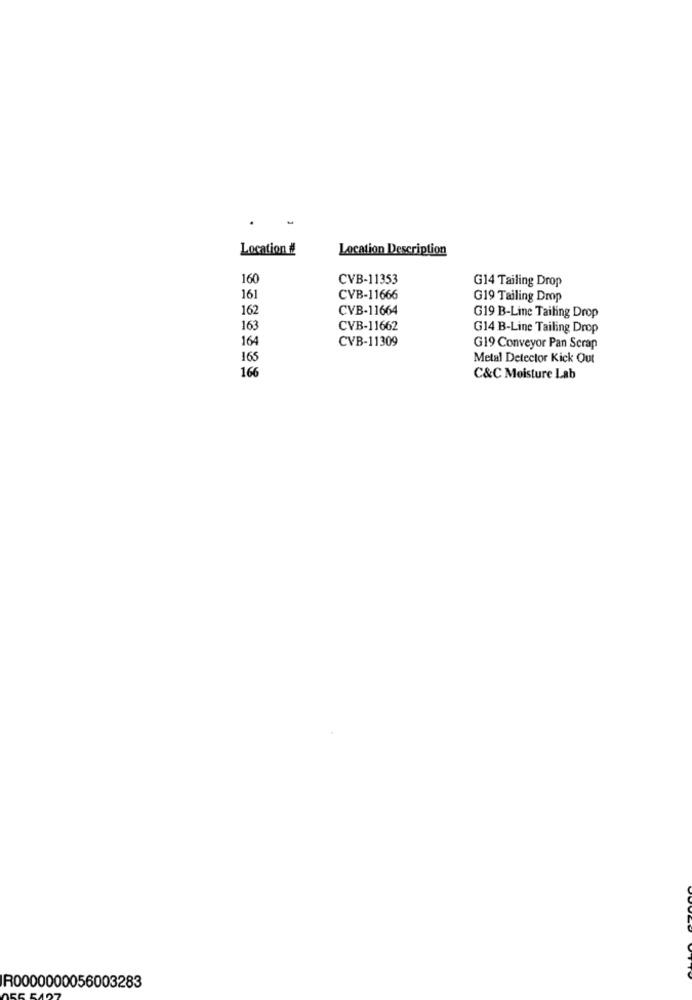
Location #
Location Description
160
CVB-11353
G14 Tailing Drop
161
CVB-11666
G19 Tailing Drop
162
CVB-11664
G19 B-Line Tailing Drop
163
CVB-11662
G14 B-Line Tailing Drop
164
CVB-11309
G19 Conveyor Pan Scrap
165
Metal Detector Kick Out
166
C&C Moisture Lab
IR0000000056003283